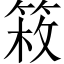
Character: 𥯍